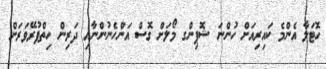
ހޮޓަލާ އެންމެ ކައިރިއަށް ހުންނަ ޝޮޕިންގ މޯލަށް ގޮސް އަންހެނުންނާއި ދަރިން ހިތްފުރޭވަރަށް